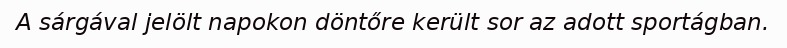
A sárgával jelölt napokon döntőre került sor az adott sportágban.